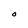
Character: O